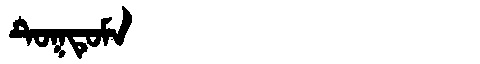
Manchu: ᡨᡠᡴᡨᡠᠮᠠ
Romanization: TUKTUMA